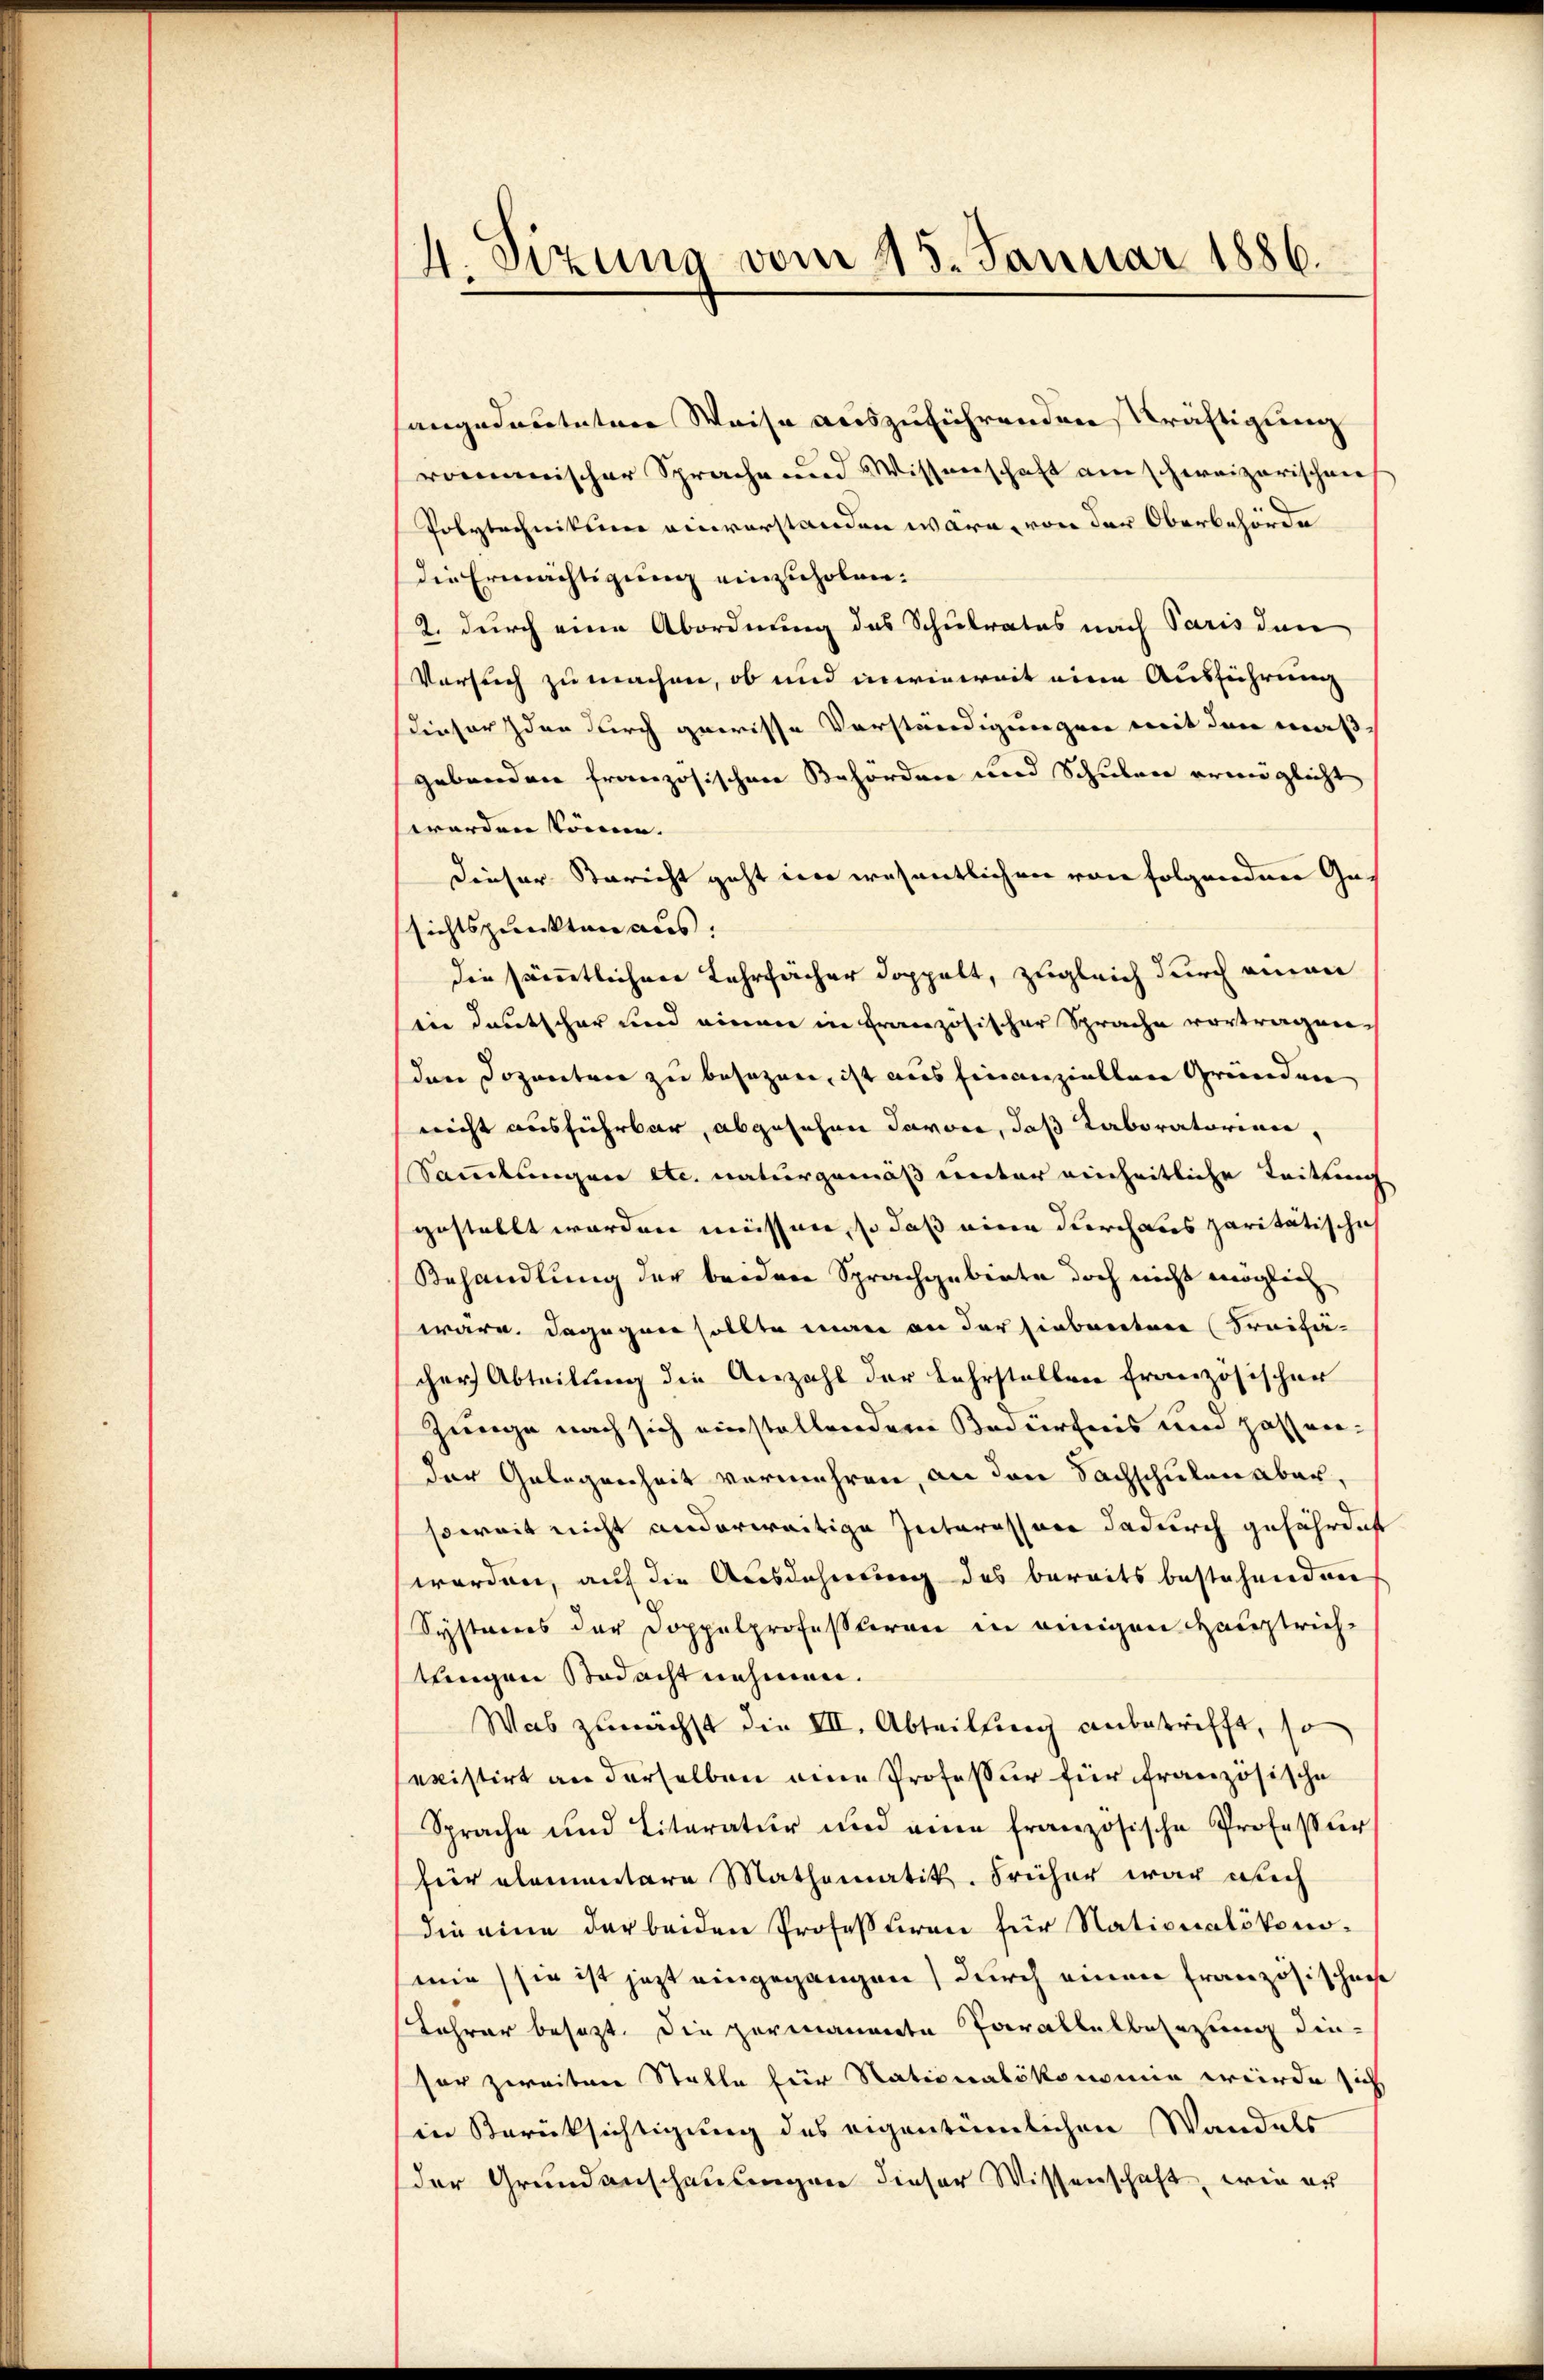
4. Sizung vom 25. Januar 1886.

angedeuteten Weise auszuführenden Kräftigung
romanischer Sprache und Wissenschaft am schweizerischen
Polytechnikum einverstanden wäre, von der Oberbehörde
die Ermächtigung einzuholen.
2. durch eine Abordnung des Schulrates nach Paris den
Versuch zu machen, ob und inwieweit eine Ausführung
dieser den durch gewisse Vorständigungen mit den maß
gebenden französischen Befordene und Schulen ermöglicht
werden könne.
dieser Bericht geht in wesentlichen von folgenden Gesichtspunkten aus.
die sämmtlichen Lehrfächer doppelt, zugleich durch einen
die Deutscher und einen in französischer Sprache vortragen,
den Dozenten zu besetzen, ist aus finanziellen Gründen
nicht ausführbar, abgesehen davon, daß Laboratorium,
Samlungen etc. naturgemäß unter einheitliche Leitung
gestellt worden müssen, so daß eine durch dies paritätischeh
Behandlung der beiden Sprachgebiete doch nicht möglich
wäre. Dagegen sollte man an der siebreitere Freihä
cher Abteilung die Anzahl der Lehrstellen französischer
Zunge nach sich einstallendem Bedürfnis und passender Gelegenheit vermehren, an den Sachschulen aber,
soweit nicht anderweitige Interessore dadurch gefährdacht
worden, auf die Ausdehnung des bereits bestehenden
Systeres der Doppelprofessoren in einigen Hauptrich-
tungen Bedacht nehmen.
Was zunächst die VII. Abteilung anbetrifft, so
existirt an derselben eine Professur für französische
Sprache und Literatur und eine französische Professor
hier alementare Mathematik. Früher war auch
die eine der beiden Professiren für Nationalökonomir sie ist jetzt eingegangen) durch einen Französischnis
Lehrer besezt. Die permanente Parallelbesezung die
sor zweiten Stalle für Nationalökonomie würde sich
in Berücksichtigung des eigentümlichen Wandels
der Grundanschausungen dieser Wissenschaft, wie er